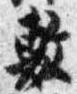
敷